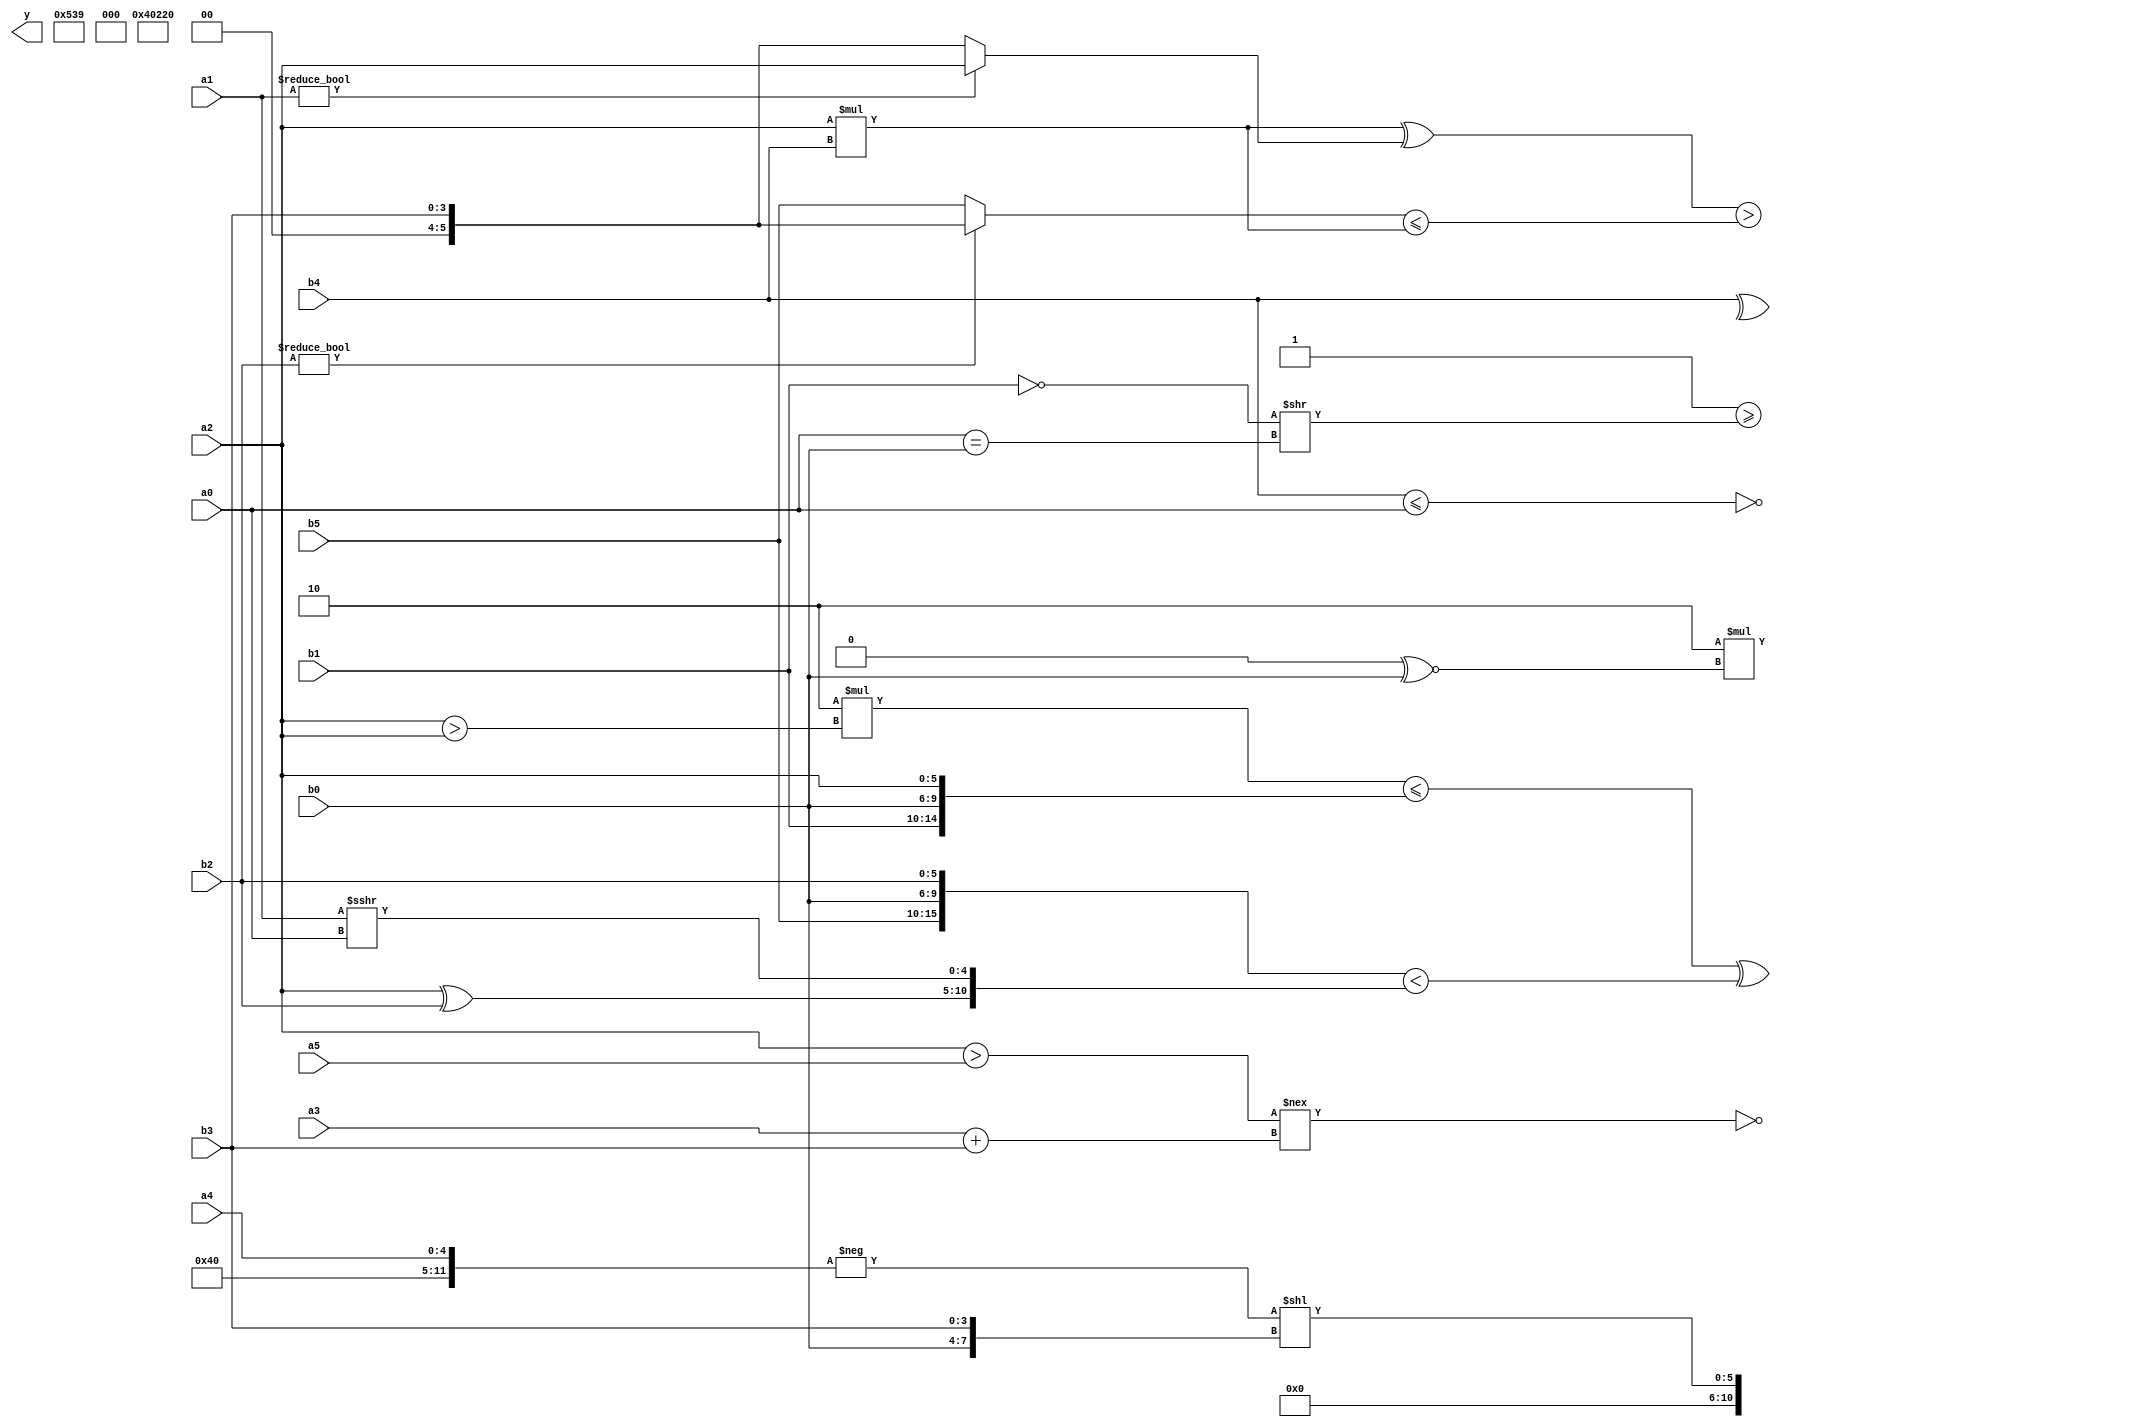
module expression_00654(a0, a1, a2, a3, a4, a5, b0, b1, b2, b3, b4, b5, y);
  input [3:0] a0;
  input [4:0] a1;
  input [5:0] a2;
  input signed [3:0] a3;
  input signed [4:0] a4;
  input signed [5:0] a5;

  input [3:0] b0;
  input [4:0] b1;
  input [5:0] b2;
  input signed [3:0] b3;
  input signed [4:0] b4;
  input signed [5:0] b5;

  wire [3:0] y0;
  wire [4:0] y1;
  wire [5:0] y2;
  wire signed [3:0] y3;
  wire signed [4:0] y4;
  wire signed [5:0] y5;
  wire [3:0] y6;
  wire [4:0] y7;
  wire [5:0] y8;
  wire signed [3:0] y9;
  wire signed [4:0] y10;
  wire signed [5:0] y11;
  wire [3:0] y12;
  wire [4:0] y13;
  wire [5:0] y14;
  wire signed [3:0] y15;
  wire signed [4:0] y16;
  wire signed [5:0] y17;

  output [89:0] y;
  assign y = {y0,y1,y2,y3,y4,y5,y6,y7,y8,y9,y10,y11,y12,y13,y14,y15,y16,y17};

  localparam [3:0] p0 = ((5'sd9)^((4'd1)|(3'd4)));
  localparam [4:0] p1 = (-(-((+(|(2'sd1)))%(-4'sd3))));
  localparam [5:0] p2 = ((5'd20)-(5'd5));
  localparam signed [3:0] p3 = {(((-5'sd7)&&(2'd3))+((4'd12)+(3'd0))),({1{(2'd3)}}!=((2'd2)&&(4'sd6))),{((3'sd3)^(2'sd0))}};
  localparam signed [4:0] p4 = (((-2'sd0)>>(5'd16))>(~&((-3'sd0)-(4'sd0))));
  localparam signed [5:0] p5 = (((5'd0)?(5'd25):(3'd0))?((-3'sd0)!=(-2'sd0)):((3'd2)?(4'sd0):(3'sd3)));
  localparam [3:0] p6 = ((~(((5'd17)?(5'd16):(3'd3))>((4'sd2)+(3'sd2))))===(^(~{(3'd1)})));
  localparam [4:0] p7 = (^{((5'sd2)!=(3'd6)),((5'sd9)>(5'sd5)),(4'd1)});
  localparam [5:0] p8 = (!(&(&(+(&(&(~|(4'd0))))))));
  localparam signed [3:0] p9 = (((3'd4)?(4'd5):(4'd5))?(~&(5'd6)):(&(4'd7)));
  localparam signed [4:0] p10 = {2{{1{{2{(3'd0)}}}}}};
  localparam signed [5:0] p11 = (!(+(~(~&((&((~(-2'sd1))+((2'd3)!=(3'd6))))<<(~|(&(4'd2 * (3'd4)))))))));
  localparam [3:0] p12 = (^{(~^{(-3'sd0),(5'd25)}),{(2'd0),(4'sd3),(2'sd1)},(~&{(-5'sd14)})});
  localparam [4:0] p13 = (~^(((2'd2)?(5'd10):(-2'sd1))?(~|((2'd2)?(5'd18):(5'd15))):((-4'sd7)?(-4'sd3):(5'd21))));
  localparam [5:0] p14 = (((4'sd4)===(5'd2))-((-3'sd1)>>(4'd3)));
  localparam signed [3:0] p15 = (^(&(2'd0)));
  localparam signed [4:0] p16 = ((5'd6)<<(((3'd3)*(5'sd11))<<((-5'sd6)!=(5'sd5))));
  localparam signed [5:0] p17 = ((~|(-5'sd4))&&{4{(4'sd7)}});

  assign y0 = {2{(~^(b4<=a0))}};
  assign y1 = (4'd2 * (p12^~b0));
  assign y2 = (((4'd2 * (a2>a2))<={b1,b0,a2})^{({{b5,b0,b2}}<{(a2^b2),(a1>>>a0)})});
  assign y3 = (({(a5==b5),{p0}}!=(!{(b3>>a4)}))>=(((^p11)==(!b1))>>{(a0==b0)}));
  assign y4 = {2{(^((-4'sd2)?{1{b4}}:(|b2)))}};
  assign y5 = ((~&{2{{2{p16}}}}));
  assign y6 = (&{3{{2{p11}}}});
  assign y7 = {4{(p17?p7:p6)}};
  assign y8 = (((4'sd4)));
  assign y9 = (((a2*b4)^(a1?a2:b3))>((b2?b3:b5)<=(a2*b4)));
  assign y10 = {(5'd29),((2'd0)&(&{1{(2'd0)}}))};
  assign y11 = {p14};
  assign y12 = (~((a2>a5)!==(a3+b3)));
  assign y13 = {3{(|{3{(p15&p1)}})}};
  assign y14 = {2{{p11,p7,b2}}};
  assign y15 = ((|(&(p8+a3)))?(^(~^(~|p12))):((b3&b0)*(p9%p17)));
  assign y16 = (~^(-(~|(^(^$signed($unsigned((|((~^(!$signed($signed($unsigned((-(^p0))))))))))))))));
  assign y17 = ((-{p7,p17,a4})<<{p5,b0,b3});
endmodule